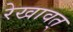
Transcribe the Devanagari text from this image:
रेखावत्‌